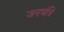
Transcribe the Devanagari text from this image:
जनभंत्रि